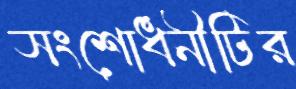
সংশোধনীটির